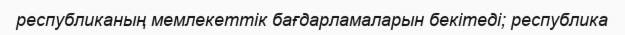
республиканың мемлекеттік бағдарламаларын бекітеді; республика